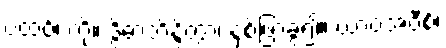
ပထဝိံ၊ ကို။ ဒွိဓာဘိန္ဒိတွာ၊ နှစ်ဖြာခွဲ၍။ ယာဝအဝီစိံ၊